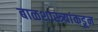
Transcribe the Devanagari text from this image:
बाळशास्त्र्यांकडून